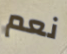
نعم